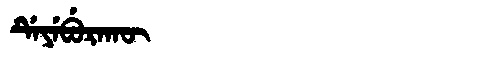
Manchu: ᡩᡝᠶᡝᠪᡠᡵᠠᡴᡡ
Romanization: DEYEBURAKŪ